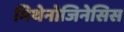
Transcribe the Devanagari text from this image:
मिथेनोजिनेसिस